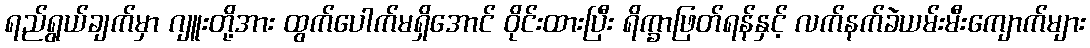
ရည်ရွယ်ချက်မှာ ဂျူးတို့အား ထွက်ပေါက်မရှိအောင် ဝိုင်းထားပြီး ရိက္ခာဖြတ်ရန်နှင့် လက်နက်ခဲယမ်းမီးကျောက်များ